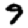
Digit: 9